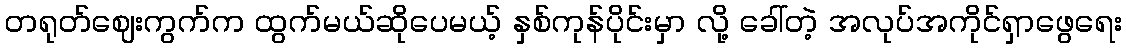
တရုတ်ဈေးကွက်က ထွက်မယ်ဆိုပေမယ့် နှစ်ကုန်ပိုင်းမှာ လို့ ခေါ်တဲ့ အလုပ်အကိုင်ရှာဖွေရေး